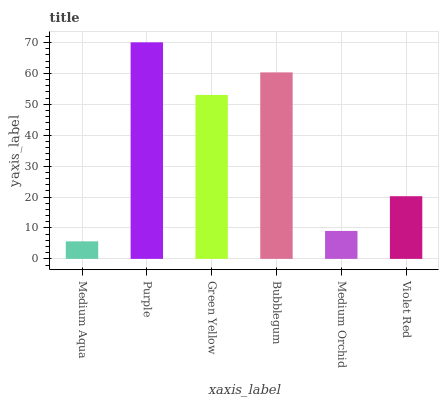
| xaxis_label | bars |
 | --- | --- |
 | Medium Aqua | 5.68 |
 | Purple | 70 |
 | Green Yellow | 53 |
 | Bubblegum | 60.3 |
 | Medium Orchid | 9.04 |
 | Violet Red | 20.3 |